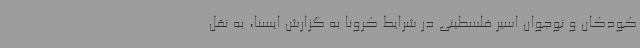
کودکان و نوجوان اسیر فلسطینی در شرایط کرونا به گزارش ایسنا، به نقل